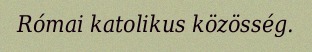
Római katolikus közösség.